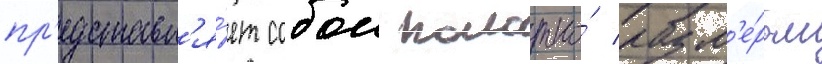
пр'едставл'я́ет собои полотно́ разм'е́ром